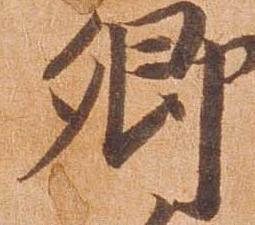
郷